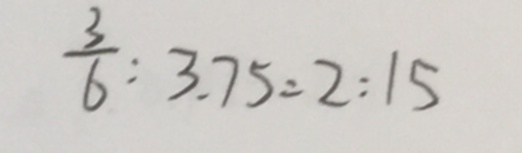
\frac { 3 } { 6 } : 3 . 7 5 = 2 : 1 5